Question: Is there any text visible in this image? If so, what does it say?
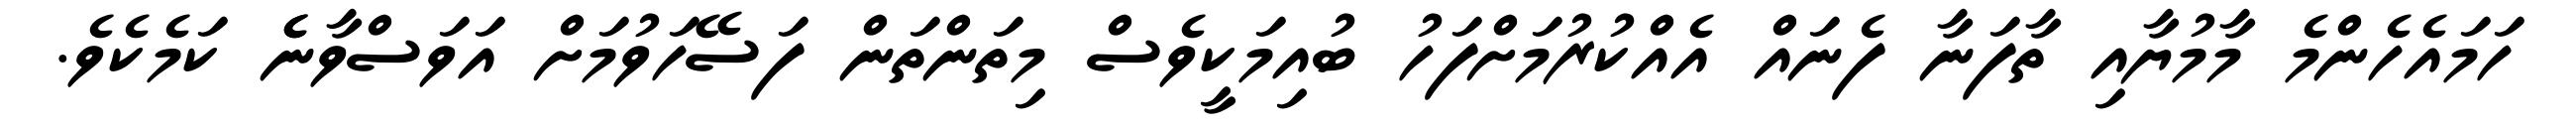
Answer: ހަމައެހެންމެ މާމުޔާއި ތާފަނާ ފެނައް އެއްކުރުމަށްފަހު ބުއިމަކީވެސް މިތަންތަން ފަސޭހަވުމަށް އަވަސްވާނެެ ކަމެކެވެ.